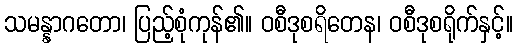
သမန္နာဂတော၊ ပြည့်စုံကုန်၏။ ဝစီဒုစရိတေန၊ ဝစီဒုစရိုက်နှင့်။